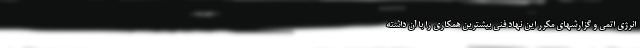
انرژی اتمی و گزارشهای مکرر این نهاد فنی بیشترین همکاری را با آن داشته